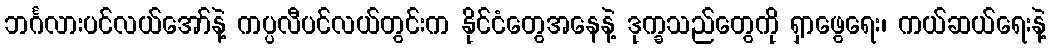
ဘင်္ဂလားပင်လယ်အော်နဲ့ ကပ္ပလီပင်လယ်တွင်းက နိုင်ငံတွေအနေနဲ့ ဒုက္ခသည်တွေကို ရှာဖွေရေး၊ ကယ်ဆယ်ရေးနဲ့